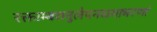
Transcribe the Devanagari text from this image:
रक्ताम्बरानुलेपनस्रगाभरणां